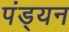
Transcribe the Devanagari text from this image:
पंड्यन